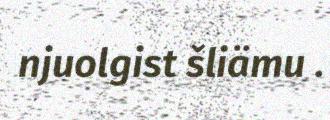
njuolgist šliämu .